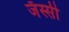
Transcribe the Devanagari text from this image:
जॅस्सी